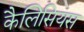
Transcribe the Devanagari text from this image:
कैलिसियस